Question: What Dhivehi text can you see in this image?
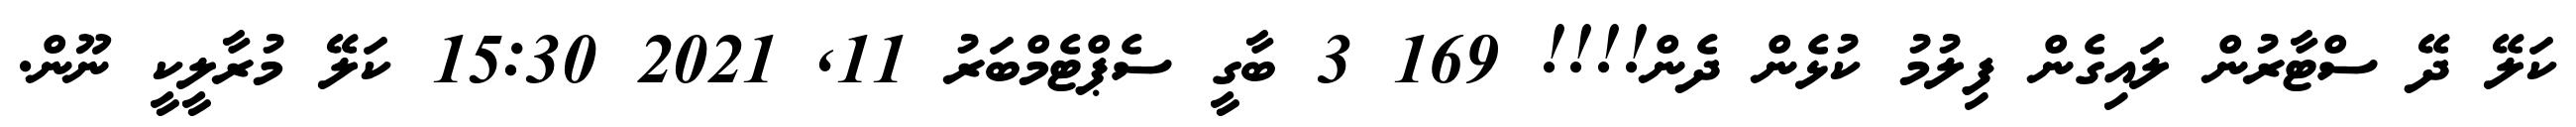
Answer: ކަލޭ ދޭ ސްޓާރުން ލައިގެން ފިލުމު ކުޅެން ދެން!!!! 169 3 ބާގީ ސެޕްޓެމްބަރު 11, 2021 15:30 ކަލޭ މުރާލީކީ ނޫން.